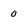
Character: 0